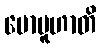
မောမူဟာတိ